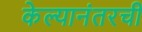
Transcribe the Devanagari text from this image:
केल्यानंतरची